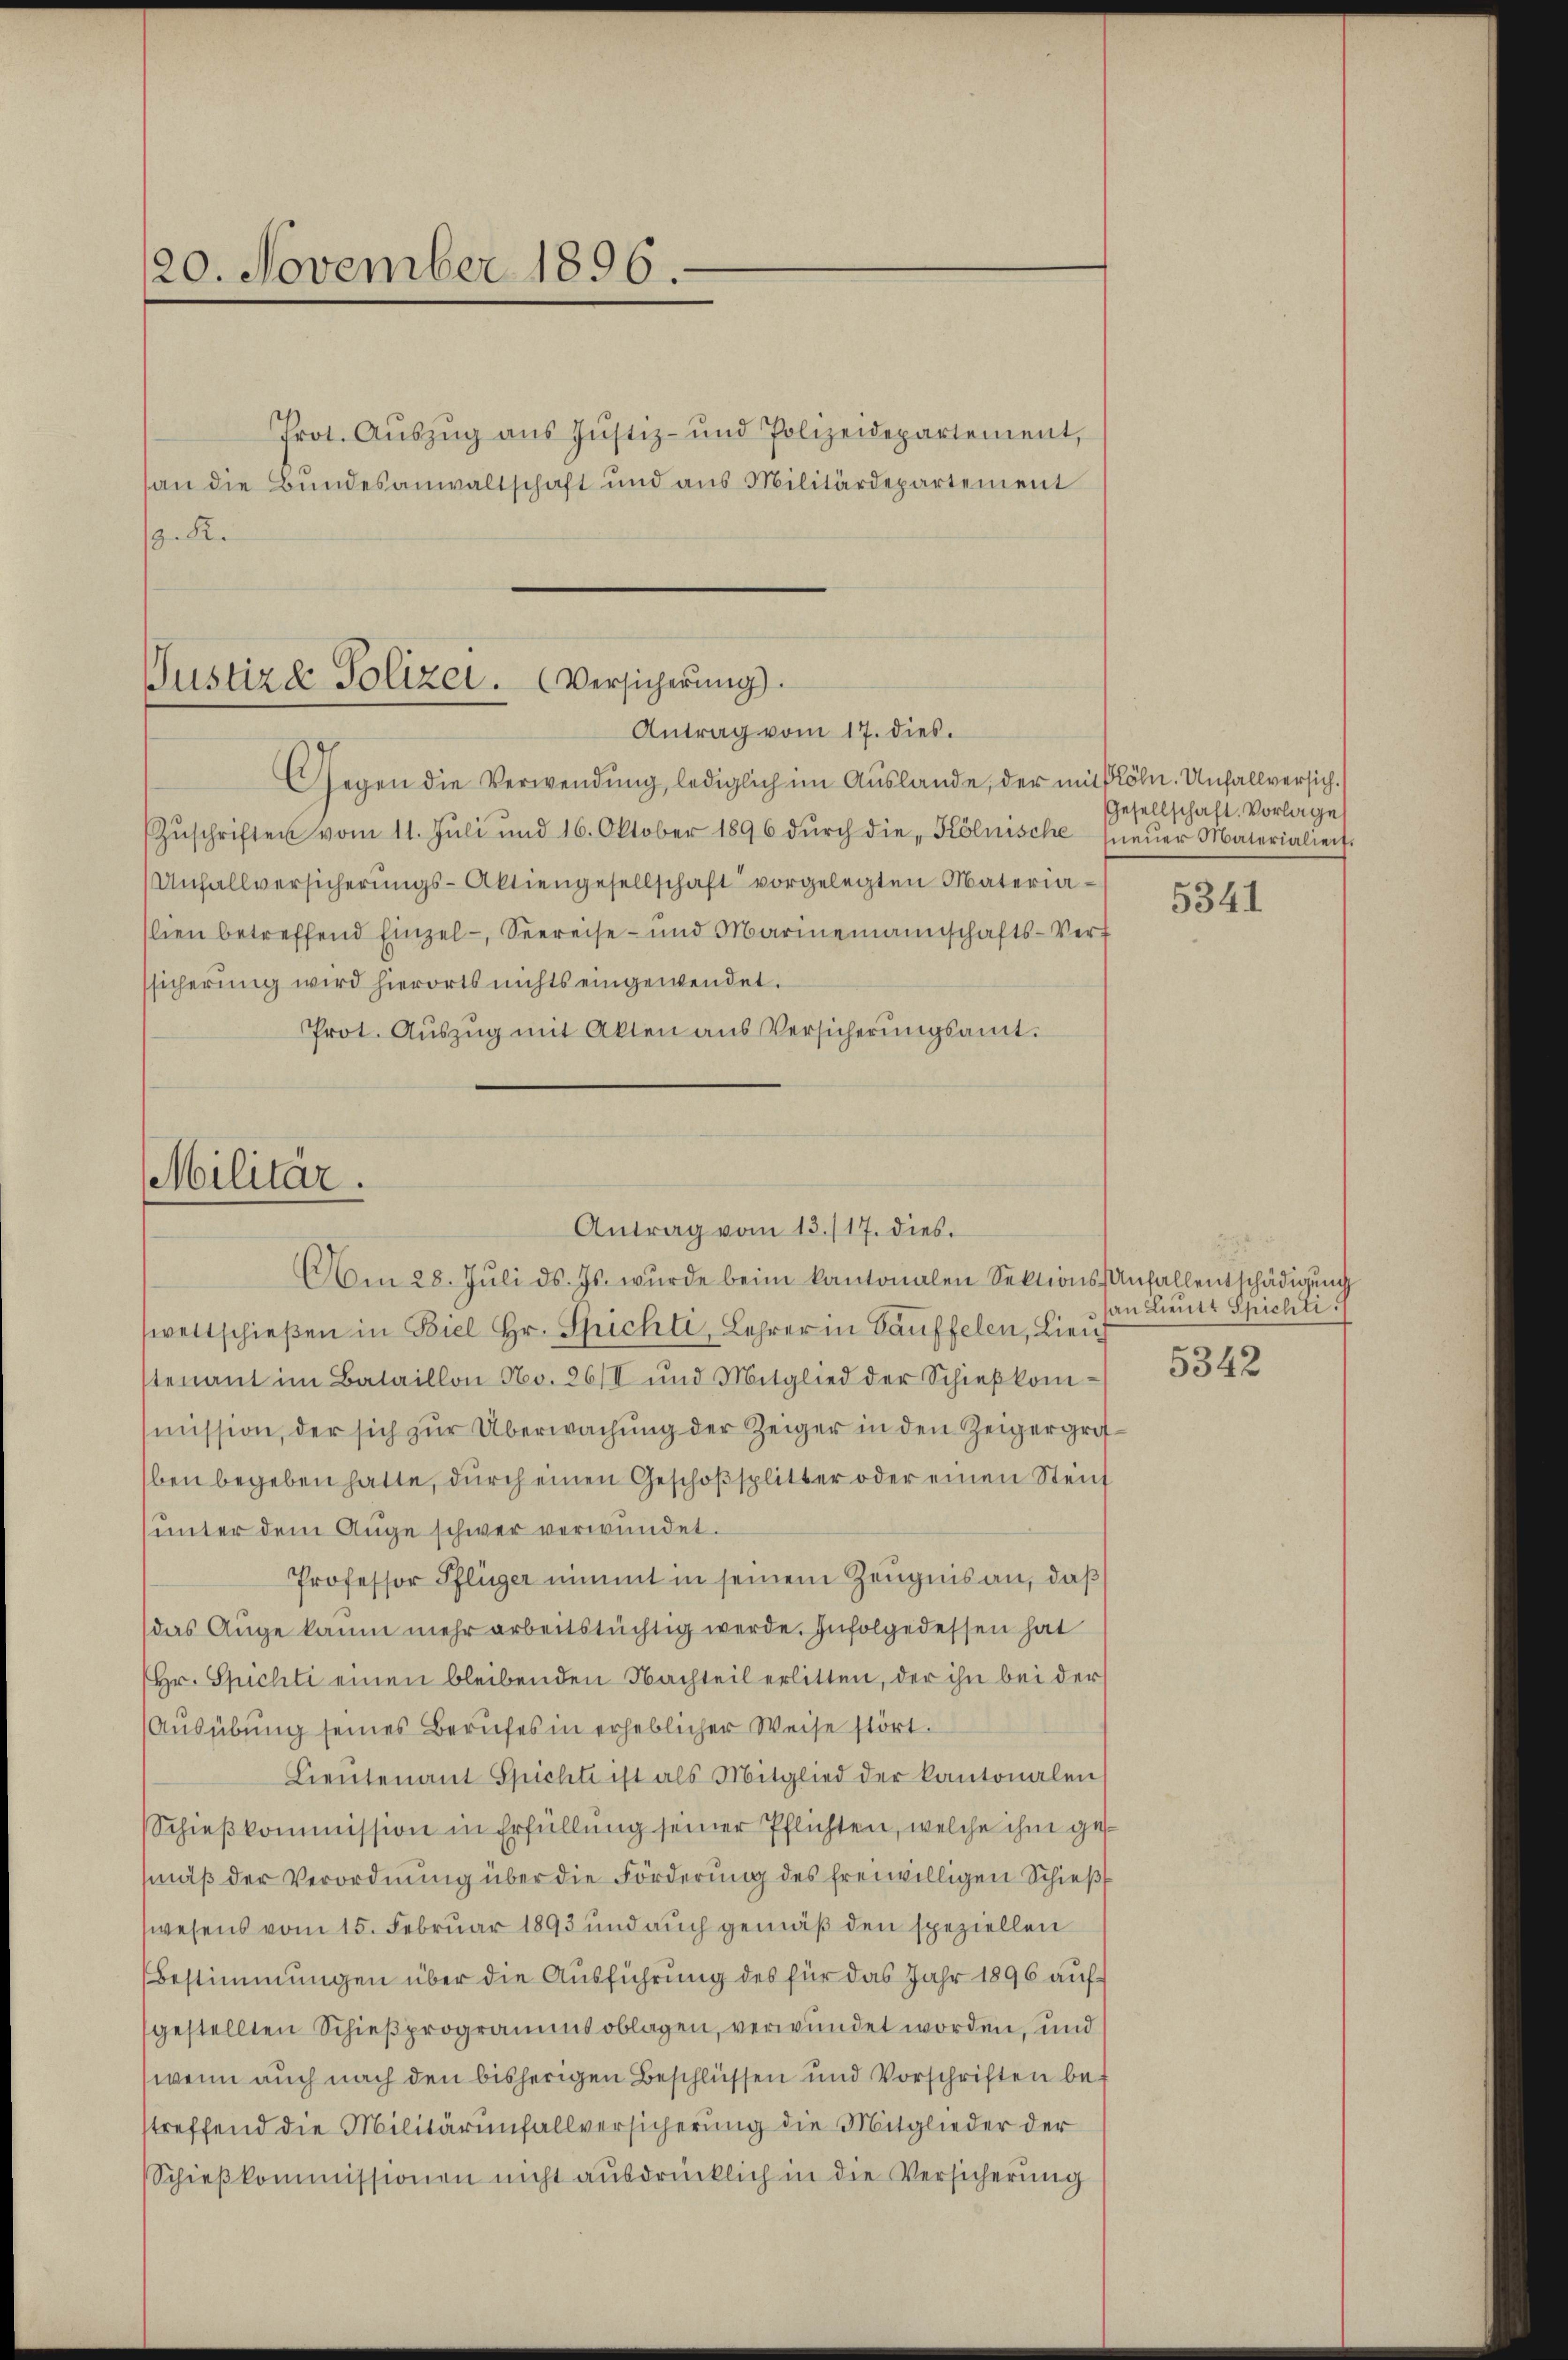
120. November 1896.

Prot. Aŭszŭg aŭs Jŭstiz- und Polizeidepartement,
an die Bundesanwaltschaft und aus Militärdepartement
.K.

Justiz & Polizei. (Versicherung.
Antrag vom 17. dies.

Gegen die Verwendung, lediglich im Auslande, der mit lohn. Unfallversich
Zŭschriften vom 11. Jŭli und 16. Oktober 1896 dŭrch die „Kölnische neŭer Materialiert.
Unfallversicherungs-Aktiengesellschaft vorgelegten Materialien betreffend Einzel- Seereise- und Marinemannschafts-Verf
ssicherung wird hierorts nichts eingewendet.
Prot. Aŭszŭg mit Akten aus Versicherŭngsamt.

Militär.
Antrag vom 13./17. dies
Am 28. Jŭli d. Js. wurde beim kantonalen Sektions-Anfallentschädigŭng

sweltschieβen in Biel Hr. Spichti, Lehrer in Bauffelen, Lieu
tenant im Bataillon No. 26/II und Mitglied der Schießkommission, der sich zur Überwachung der Zeiger in den Zeiger groben begeben hatte, durch einen Geschoßsplitter oder einen Steif
unter dem Auge schwer verwundet.
Professor Pflüger nimmt in seinem Zeugnis an, daß
das Auge kaum mehr arbeitstüchtig werde. Infolgedessen hat
Hr. Spichti einen bleibenden Nachteil erlitten, der ihn bei der
Ausübung seines Berufes in erheblicher Weise stört.
Lieŭtenant Spichte ist als Mitglied der kantonalen
Schieβkommission in Erfüllung seiner Pflichten, welche ihm ges
mäβ der Verordnung über die Förderung des freiwilligen Schieß
wesens vom 15. Februar 1893 und auch gemäß den speziellen
Bestimmungen über die Ausführung des für das Jahr 1896 aufgestellten Schießprogramms oblagen, verwundet worden, und
wenn auch nach den bisherigen Beschlüssen und Vorschriften bestreffend die Militärinfallversicherung die Mitglieder der
Schieβ kommissionen nicht ausdrücklich in die Versicherung

Gesellschaft. Vorlage

5341

an Lieutt Spichti
5342